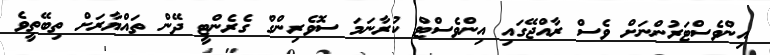
އިންވެސްޓަރުންނަށް ވެސް ރާއްޖޭގައި އިންވެސްޓް ކުރާނަމަ ސޮވެރިންގް ގެރެންޓީ ދޭން ތައްޔާރަށް ތިބޭތީވެ